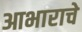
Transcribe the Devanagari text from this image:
आभाराचे